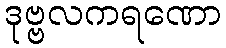
ဒုဗ္ဗလကရဏော